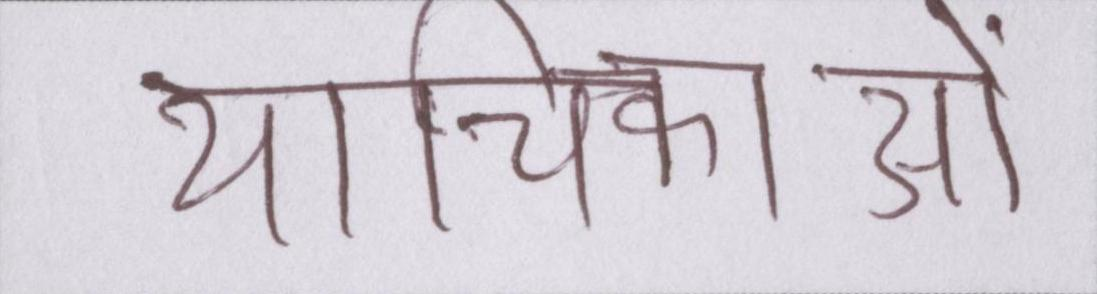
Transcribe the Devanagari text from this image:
याचिकाओं